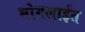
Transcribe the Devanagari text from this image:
मोगलाईत